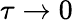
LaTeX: \tau\rightarrow 0